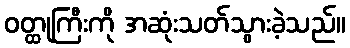
ဝတ္ထုကြီးကို အဆုံးသတ်သွားခဲ့သည်။